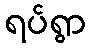
ရပ်ရွာ